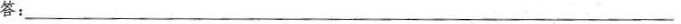
答：___